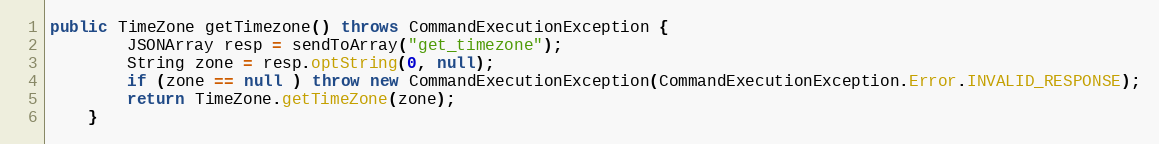
Language: Java
public TimeZone getTimezone() throws CommandExecutionException {
        JSONArray resp = sendToArray("get_timezone");
        String zone = resp.optString(0, null);
        if (zone == null ) throw new CommandExecutionException(CommandExecutionException.Error.INVALID_RESPONSE);
        return TimeZone.getTimeZone(zone);
    }